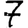
Digit: 7